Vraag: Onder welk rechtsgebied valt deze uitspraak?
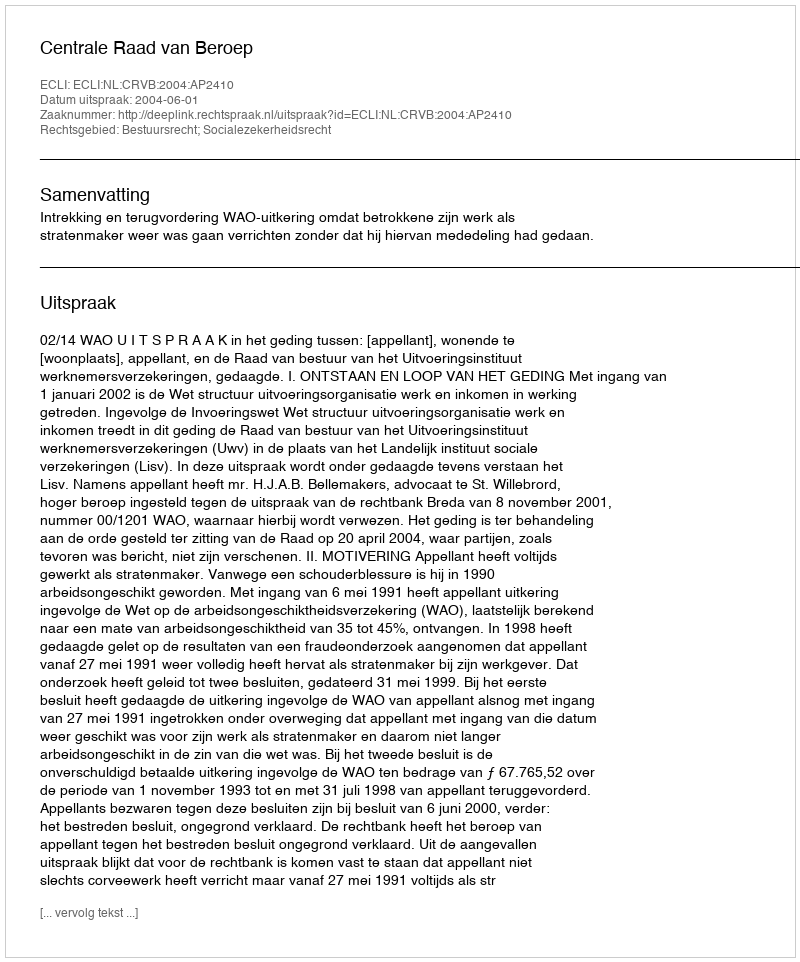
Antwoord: Bestuursrecht; Socialezekerheidsrecht